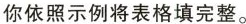
你依照示例将表格填完整。